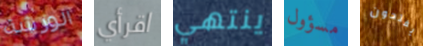
الورشة اقرأي ينتهي مسؤول يفتحون